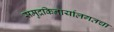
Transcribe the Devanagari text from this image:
समुद्रकिनार्यालगतचा